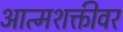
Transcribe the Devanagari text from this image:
आत्मशक्तीवर